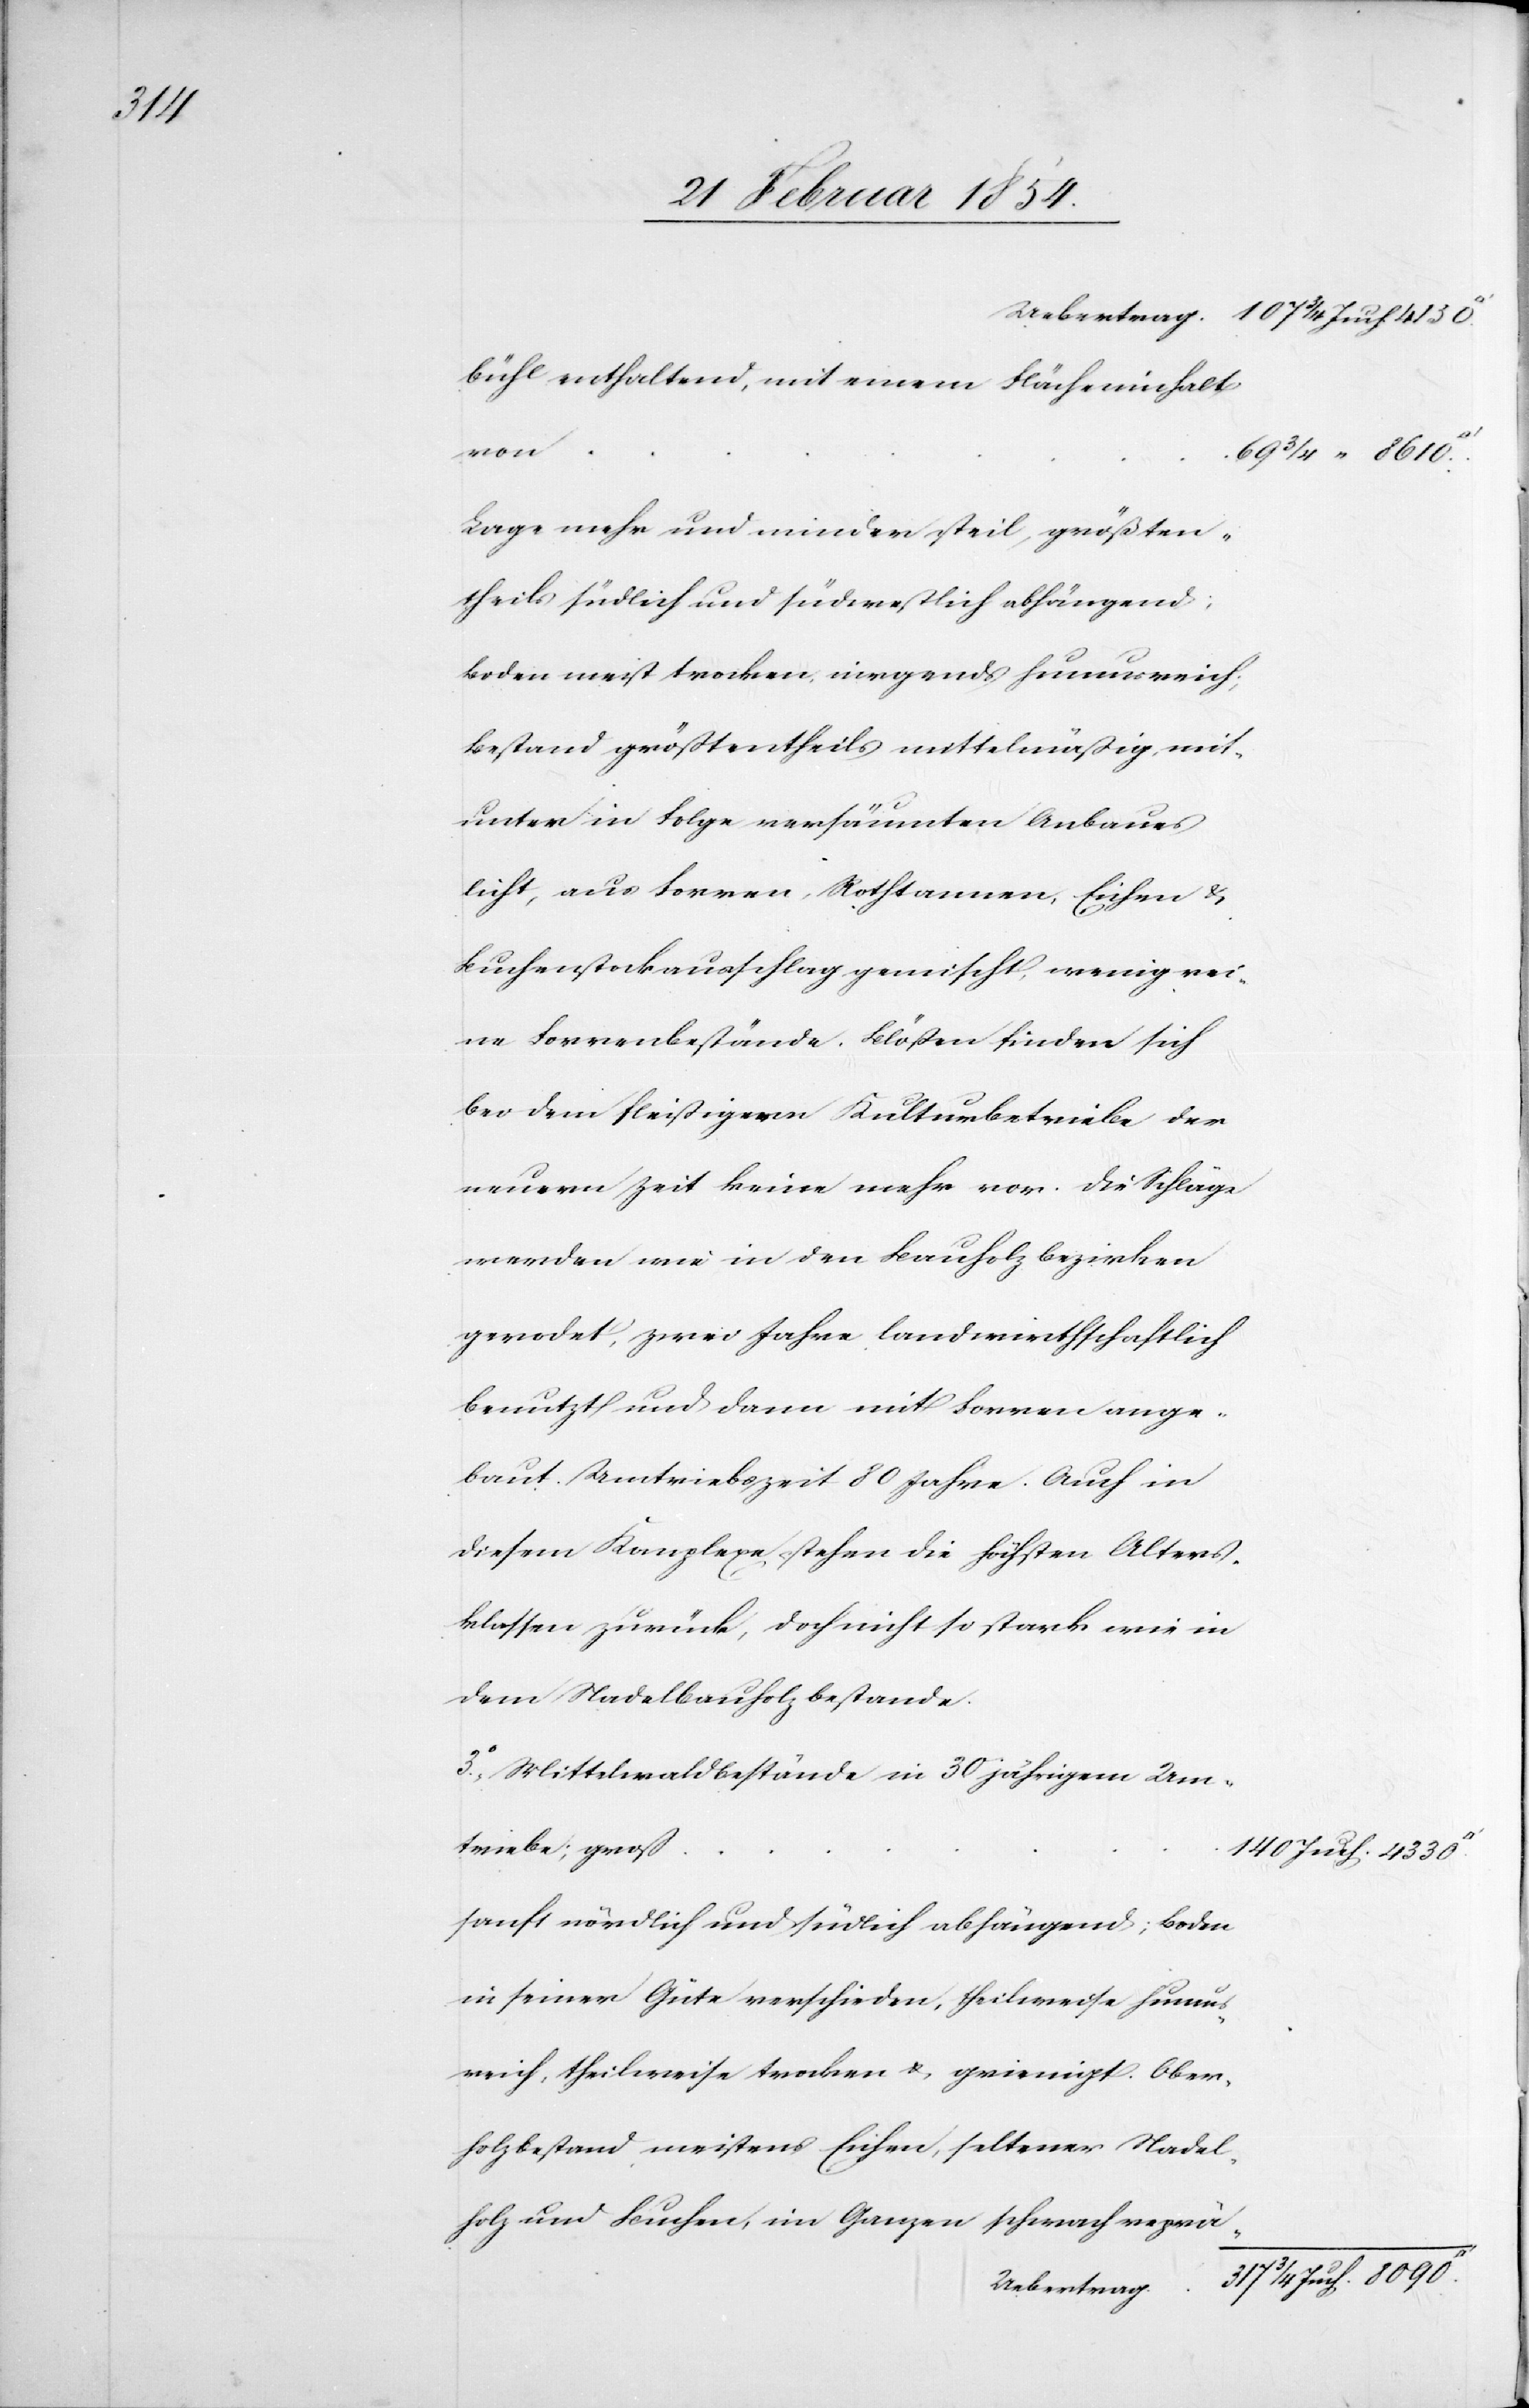
Uebertrag.
107 ¾ Juch. 4150.
bühl enthaltend, mit einem Flächeninhalt
von
69 ¾ „ 8610.
Lage mehr und minder steil, größten¬
theils südlich und südwestlich abhängend;
Boden meist trocken, nirgends humusreich;
Bestand größtentheils mittelmäßig, mit¬
unter in Folge versäumten Anbaues
licht, aus Forren, Rothtannen, Eichen u.
Buchenstockausschlag gemsicht, wenig rei¬
ne Forrenbestände. Blößen finden sich
bei dem fleißigern Kulturbetriebe der
neuern Zeit keine mehr vor. Die Schläge
werden wie in den Bauholzbezirken
gerodet, zwei Jahre landwirthschaftlich
benutzt und dann mit Forren ange¬
baut. Umtriebszeit 80 Jahre. Auch in
diesem Komplex stehen die höchsten Alters¬
klassen zurück, doch nicht so stark wie in
dem Nadelbauholzbestande.
3o Mittelwaldbestände in 30 jährigem Um¬
triebe; groß
sanft nördlich und südlich abhängend; Boden
in seiner Güte verschieden, theilweise humus¬
reich, theilweise trocken u. grienigt. Ober¬
holzbestand meistens Eichen, seltener Nadel¬
holz und Buchen, im Ganzen schwach reprä-